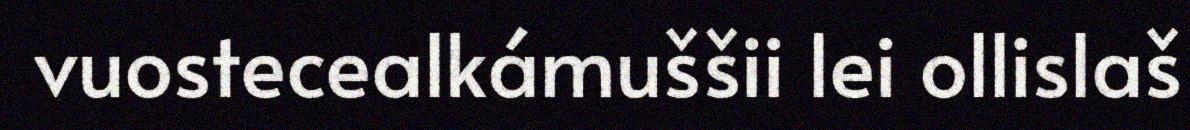
vuostecealkámuššii lei ollislaš